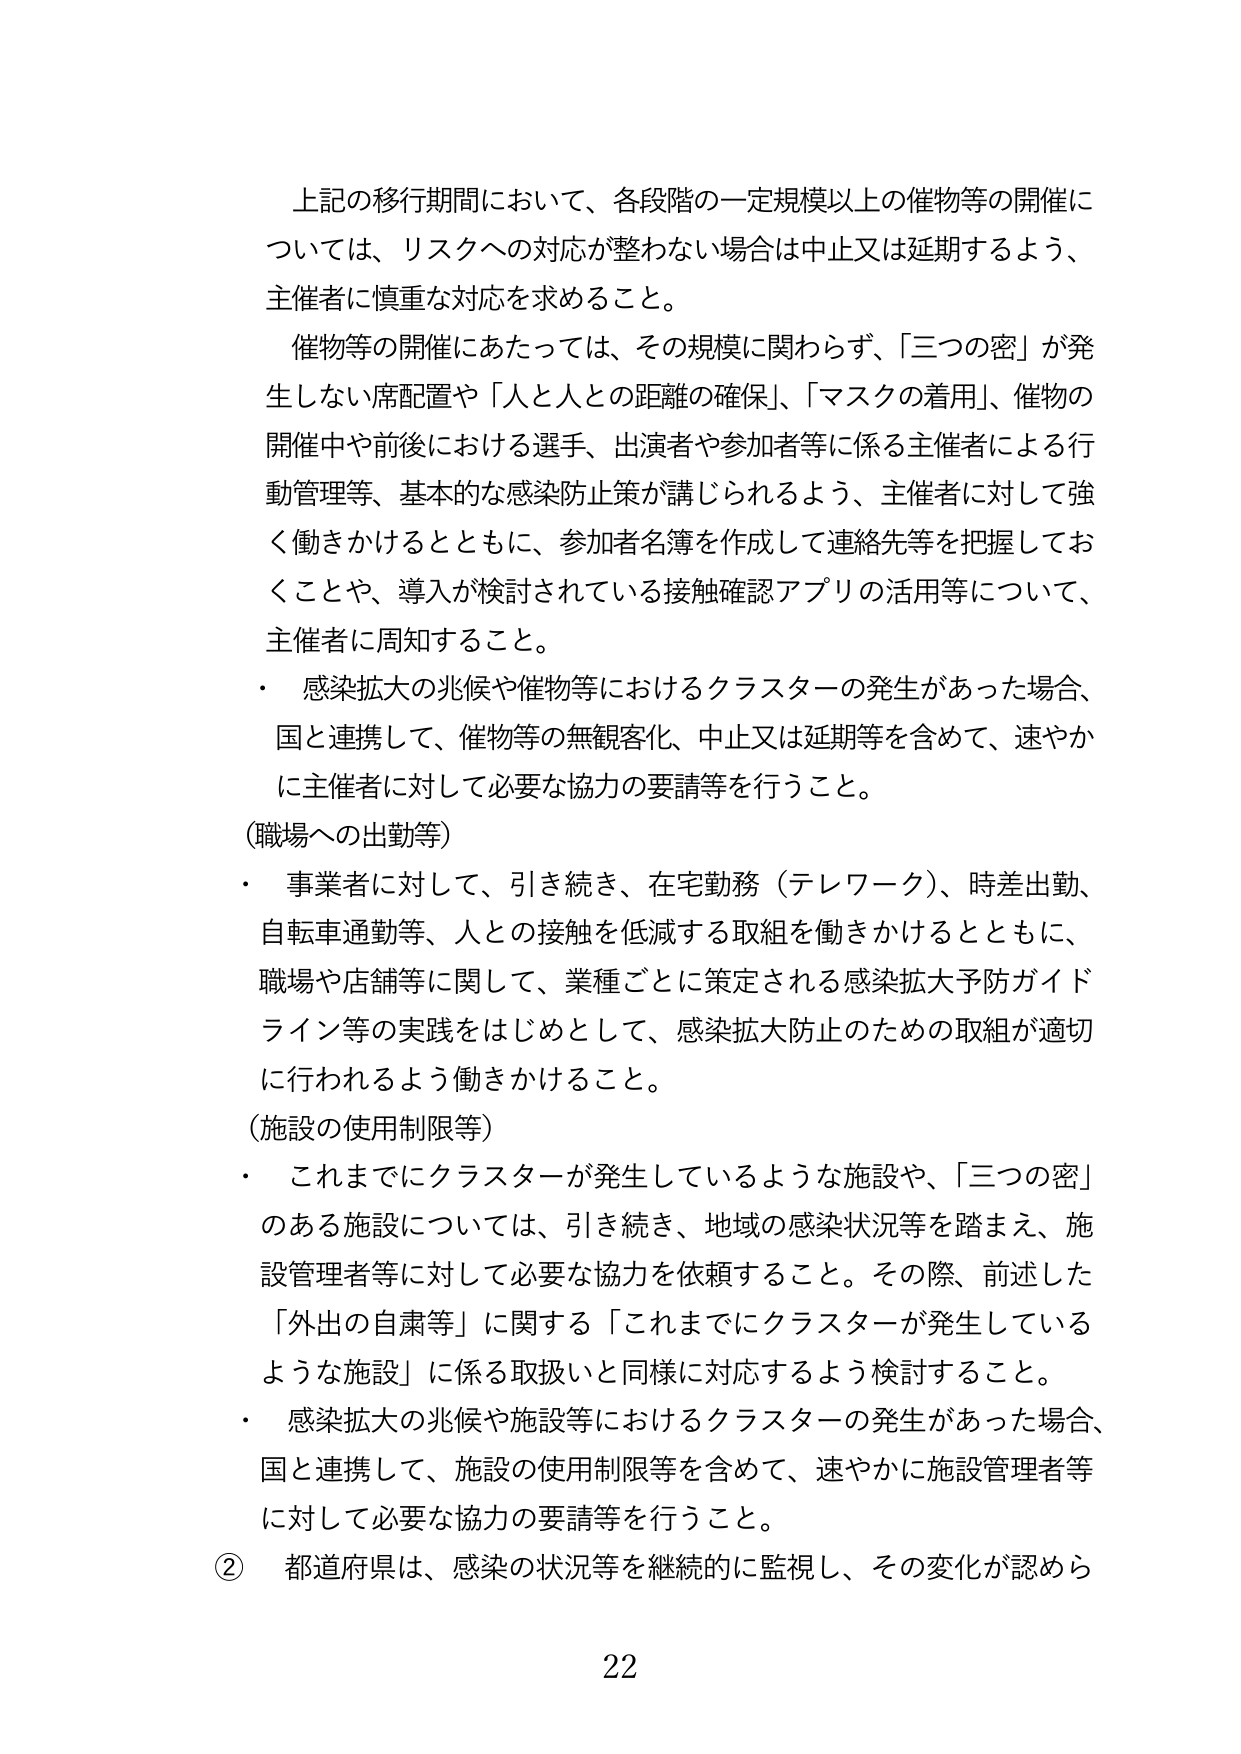
上記の移行期間において、各段階の一定規模以上の催物等の開催に
ついては、リスクへの対応が整わない場合は中止又は延期するよう、
主催者に慎重な対応を求めること。
催物等の開催にあたっては、その規模に関わらず、「三つの密」が発
生しない席配置や「人と人との距離の確保」、「マスクの着用」、催物の
開催中や前後における選手、出演者や参加者等に係る主催者による行
動管理等、基本的な感染防止策が講じられるよう、主催者に対して強
く働きかけるとともに、参加者名簿を作成して連絡先等を把握してお
くことや、導入が検討されている接触確認アプリの活用等について、
主催者に周知すること。
・ 感染拡大の兆候や催物等におけるクラスターの発生があった場合、
国と連携して、催物等の無観客化、中止又は延期等を含めて、速やか
に主催者に対して必要な協力の要請等を行うこと。
（職場への出勤等）
・ 事業者に対して、引き続き、在宅勤務（テレワーク）、時差出勤、
自転車通勤等、人との接触を低減する取組を働きかけるとともに、
職場や店舗等に関して、業種ごとに策定される感染拡大予防ガイド
ライン等の実践をはじめとして、感染拡大防止のための取組が適切
に行われるよう働きかけること。
（施設の使用制限等）
・ これまでにクラスターが発生しているような施設や、「三つの密」
のある施設については、引き続き、地域の感染状況等を踏まえ、施
設管理者等に対して必要な協力を依頼すること。その際、前述した
「外出の自粛等」に関する「これまでにクラスターが発生している
ような施設」に係る取扱いと同様に対応するよう検討すること。
・ 感染拡大の兆候や施設等におけるクラスターの発生があった場合、
国と連携して、施設の使用制限等を含めて、速やかに施設管理者等
に対して必要な協力の要請等を行うこと。
② 都道府県は、感染の状況等を継続的に監視し、その変化が認めら
22